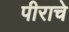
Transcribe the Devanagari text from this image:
पीराचे